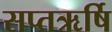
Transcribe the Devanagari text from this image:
सप्तऋर्षि